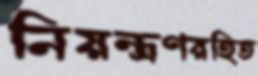
নিয়ন্ত্রণরহিত